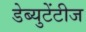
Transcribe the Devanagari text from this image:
डेब्युटेंटीज